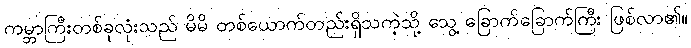
ကမ္ဘာကြီးတစ်ခုလုံးသည် မိမိ တစ်ယောက်တည်းရှိသကဲ့သို့ သွေ့ ခြောက်ခြောက်ကြီး ဖြစ်လာ၏။